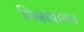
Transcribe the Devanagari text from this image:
निसाग्रातच